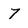
Character: 7